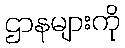
ဌာနများကို